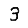
Digit: 3